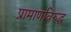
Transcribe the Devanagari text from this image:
प्रामाणविरुद्ध